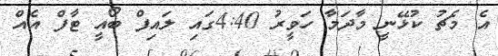
އެ މެޗު ކުޅޭނީ މާދަމާ ހަވީރު 4:40ގައި ލައިފް ބޯއީ ޓާފް އެއް